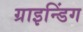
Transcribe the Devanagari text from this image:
ग्राइन्डिंग